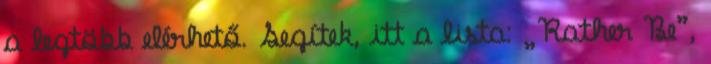
a legtöbb elérhető. Segítek, itt a lista: „Rather Be”,